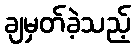
ချမှတ်ခဲ့သည့်